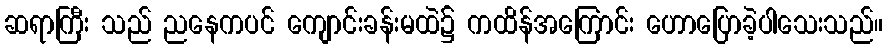
ဆရာကြီး သည် ညနေကပင် ကျောင်းခန်းမထဲ၌ ကထိန်အကြောင်း ဟောပြောခဲ့ပါသေးသည်။